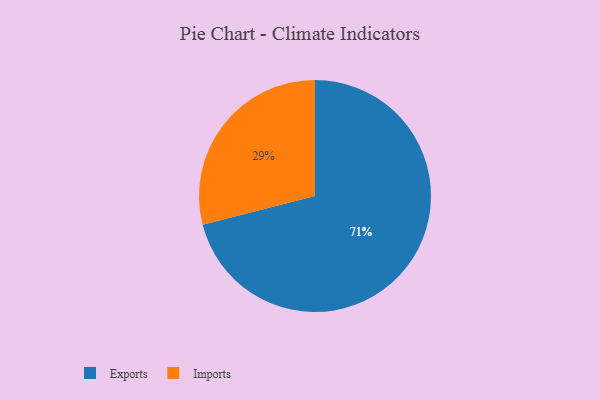
{"axis": {"x": "Category", "y": "Percentage"}, "legend": ["Exports", "Imports"], "data": [{"x": "Exports", "y": 71, "type": "Exports"}, {"x": "Imports", "y": 29, "type": "Imports"}]}